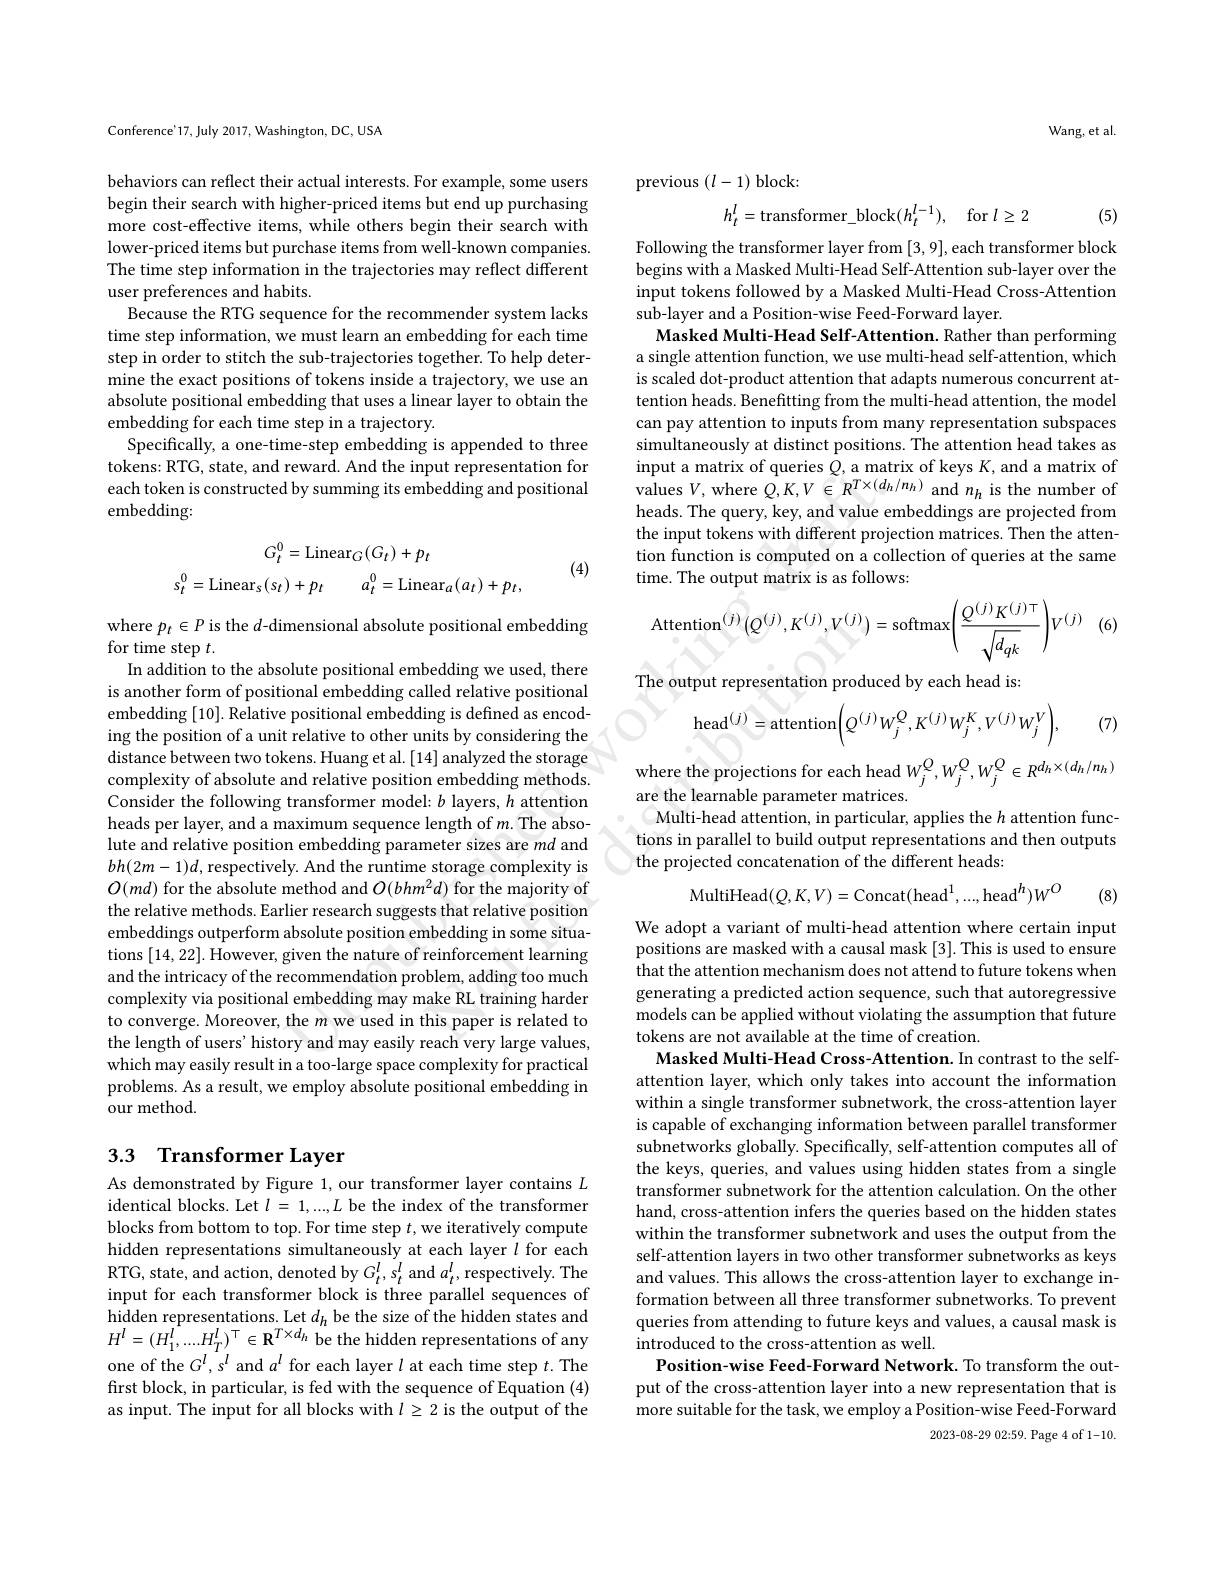
Conference'17, July 2017, Washington, DC, USA

behaviors can reflect their actual interests. For example, some users begin their search with higher-priced items but end up purchasing more cost-effective items, while others begin their search with lower-priced items but purchase items from well-known companies. The time step information in the trajectories may reflect different user preferences and habits.
Because the RTG sequence for the recommender system lacks time step information, we must learn an embedding for each time step in order to stitch the sub-trajectories together. To help determine the exact positions of tokens inside a trajectory, we use an absolute positional embedding that uses a linear layer to obtain the embedding for each time step in a trajectory.
Specifically, a one-time-step embedding is appended to three tokens: RTG, state, and reward. And the input representation for each token is constructed by summing its embedding and positional embedding:
$$G_{t}^{0}=\mathrm{Linear}_{G}(G_{t})+p_{t}\\s_{t}^{0}=\mathrm{Linear}_{s}(s_{t})+p_{t}\quad a_{t}^{0}=\mathrm{Linear}_{a}(a_{t})+p_{t},$$
(4)

where $p_t\in P$ is the $d$-dimensional absolute positional embedding
for time step $t.$
In addition to the absolute positional embedding we used, there
is another form of positional embedding called relative positional embedding [ 10] . Relative positional embedding is defined as encod- ing the position of a unit relative to other units by considering the
distance between two tokens. Huang et al. [14] analyzed the storage complexity of absolute and relative position embedding methods. Consider the following transformer model: $b$ layers, $h$ attention heads per layer, and a maximum sequence length of $m.$ The absolute and relative position embedding parameter sizes are $md$ and $bh(2m-1)d$,respectively. And the runtime storage complexity is $O(md)$ for the absolute method and $O(bhm^2d)$ for the majority of the relative methods. Earlier research suggests that relative position embeddings outperform absolute position embedding in some situations [14,22]. However, given the nature of reinforcement learning and the intricacy of the recommendation problem, adding too much complexity via positional embedding may make RL training harder to converge. Moreover, the $m$ we used in this paper is related to the length of users' history and may easily reach very large values, which may easily result in a too-large space complexity for practical problems. As a result, we employ absolute positional embedding in ${\mathrm{our~method.}}$

## 3.3 Transformer Layer

As demonstrated by Figure 1, our transformer layer contains $L$ identical blocks. Let $l=1,...,L$ be the index of the transformer blocks from bottom to top. For time step $t$,we iteratively compute hidden representations simultaneously at each layer $l$ for each RTG, state, and action, denoted by $G_{t}^{l}, s_{t}^{l}$and $a_{t}^{l}$,respectively.The input for each transformer block is three parallel sequences of hidden representations. Let $d_h$ be the size of the hidden states and $H^{l}=(H_{1}^{l},....H_{T}^{l})^{\top}\in\mathbf{R}^{T\times d_{h}}$ be the hidden representations of any one of the $G^l,s^l$ and $a^l$ for each layer $l$ at each time step $t.$ The first block, in particular, is fed with the sequence of Equation (4) as input. The input for all blocks with $l\geq2$ is the output of the

Wang, et al.

previous $(l-1)$ block:
$$h_t^l=\text{transformer}_\text{block}(h_t^{l-1}),\quad\mathrm{for}\:l\geq2$$
(5)

Following the transformer layer from [3,9],each transformer block begins with a Masked Multi-Head Self-Attention sub-layer over the input tokens followed by a Masked Multi-Head Cross-Attention sub-layer and a Position-wise Feed-Forward layer.
Masked Multi-Head Self-Attention. Rather than performing a single attention function, we use multi-head self-attention, which is scaled dot-product attention that adapts numerous concurrent attention heads. Benefitting from the multi-head attention, the model can pay attention to inputs from many representation subspaces simultaneously at distinct positions. The attention head takes as input a matrix of queries $Q$, a matrix of keys $K$, and a matrix of values $V$, where $Q,K,V\in R^T\times(d_{h}/n_{h})$ and $n_{h}$ is the number of heads. The query, key, and value embeddings are projected from the input tokens with different projection matrices. Then the attention function is computed on a collection of queries at the same time. The output matrix is as follows:
$$\mathrm{Attention}^{(j)}(Q^{(j)},K^{(j)},V^{(j)})=\mathrm{softmax}\biggl(\frac{Q^{(j)}K^{(j)\top}}{\sqrt{d_{qk}}}\biggr)V^{(j)}$$
(6)

The output representation produced by each head is
$$\mathrm{head}^{(j)}=\mathrm{attention}\biggl(Q^{(j)}W_{j}^{Q},K^{(j)}W_{j}^{K},V^{(j)}W_{j}^{V}\biggr),$$
(7)

where the projections for each head $W_{j}^{Q}, W_{j}^{Q}, W_{j}^{Q}\in R^{d_{h}\times ( d_{h}/ n_{h}) }$ are the learnable parameter matrices. Multi-head attention, in particular, applies the $h$ attention functions in parallel to build output representations and then outputs the projected concatenation of the different heads:
$$\mathrm{MultiHead}(Q,K,V)=\mathrm{Concat}(\mathrm{head}^{1},...,\mathrm{head}^{h})W^{O}$$
(8)

We adopt a variant of multi-head attention where certain input positions are masked with a causal mask [3]. This is used to ensure that the attention mechanism does not attend to future tokens when generating a predicted action sequence, such that autoregressive models can be applied without violating the assumption that future tokens are not available at the time of creation.
Masked Multi-Head Cross-Attention. In contrast to the selfattention layer, which only takes into account the information within a single transformer subnetwork, the cross-attention layer is capable of exchanging information between parallel transformer subnetworks globally. Specifically, self-attention computes all of the keys, queries, and values using hidden states from a single transformer subnetwork for the attention calculation. On the other hand, cross-attention infers the queries based on the hidden states within the transformer subnetwork and uses the output from the self-attention layers in two other transformer subnetworks as keys and values. This allows the cross-attention layer to exchange information between all three transformer subnetworks. To prevent queries from attending to future keys and values, a causal mask is introduced to the cross-attention as well.
Position-wise Feed-Forward Network. To transform the output of the cross-attention layer into a new representation that is more suitable for the task, we employ a Position-wise Feed-Forward
2023-08-2902:59.Page 4 of 1-10.